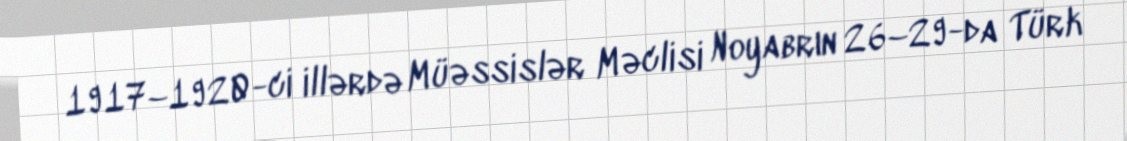
1917–1920-ci illərdə Müəssislər Məclisi Noyabrın 26–29-da Türk